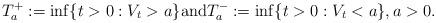
LaTeX: \begin{align*}T^+_a:=\inf\{t>0:V_t>a\} \textrm{and} T ^-_a:=\inf\{t>0:V_t<a\}, a >0.\end{align*}